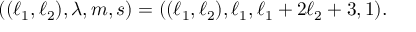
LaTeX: ( ( \ell _ { 1 } , \ell _ { 2 } ) , \lambda , m , s ) = ( ( \ell _ { 1 } , \ell _ { 2 } ) , \ell _ { 1 } , \ell _ { 1 } + 2 \ell _ { 2 } + 3 , 1 ) .